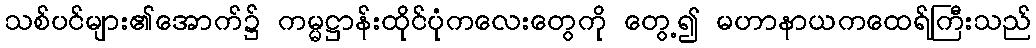
သစ်ပင်များ၏အောက်၌ ကမ္မဋ္ဌာန်းထိုင်ပုံကလေးတွေကို တွေ့၍ မဟာနာယကထေရ်ကြီးသည်